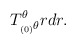
\begin{align*}T^{\theta}_{_{(0)}\theta} r dr.\end{align*}